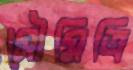
সৌমিত্রি